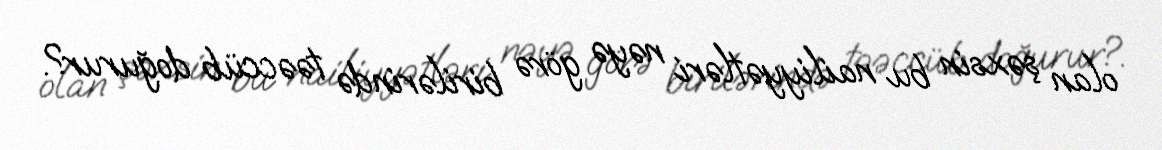
olan şəxsin bu nailiyyətləri nəyə görə birilərində təəccüb doğurur?.